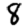
Digit: 8